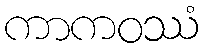
ကာကဝဿံ